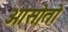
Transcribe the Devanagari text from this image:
ओसोतो